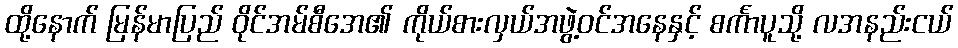
ထို့နောက် မြန်မာပြည် ဝိုင်အမ်စီအေ၏ ကိုယ်စားလှယ်အဖွဲ့ဝင်အနေနှင့် စင်္ကာပူသို့ လအနည်းငယ်